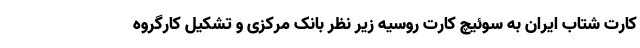
کارت شتاب ایران به سوئیچ کارت روسیه زیر نظر بانک مرکزی و تشکیل کارگروه